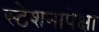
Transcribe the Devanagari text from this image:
स्टेशनापेक्षा